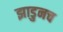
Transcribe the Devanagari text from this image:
झाडुनच